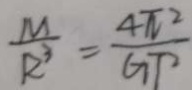
\frac { M } { R ^ { 3 } } = \frac { 4 \pi ^ { 2 } } { G T ^ { 2 } }